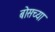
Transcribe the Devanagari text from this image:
बोसच्या